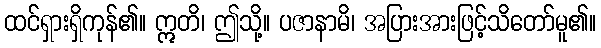
ထင်ရှားရှိကုန်၏။ ဣတိ၊ ဤသို့။ ပဇာနာမိ၊ အပြားအားဖြင့်သိတော်မူ၏။